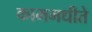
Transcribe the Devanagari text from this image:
काममधीते